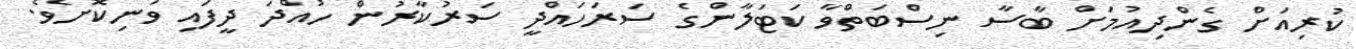
ކުރިއަށް ގެންދިއުމަށް ބާސާ ނިސްބަތްވާ ކަޓަލާންގެ ސަރަހައްދީ ސަރުކާރުން ހުއްދަ ދީފައި ވަނިކޮށެވެ.